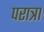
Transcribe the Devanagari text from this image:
परात्रा